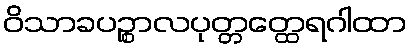
ဝိသာခပဉ္စာလပုတ္တတ္ထေရဂါထာ